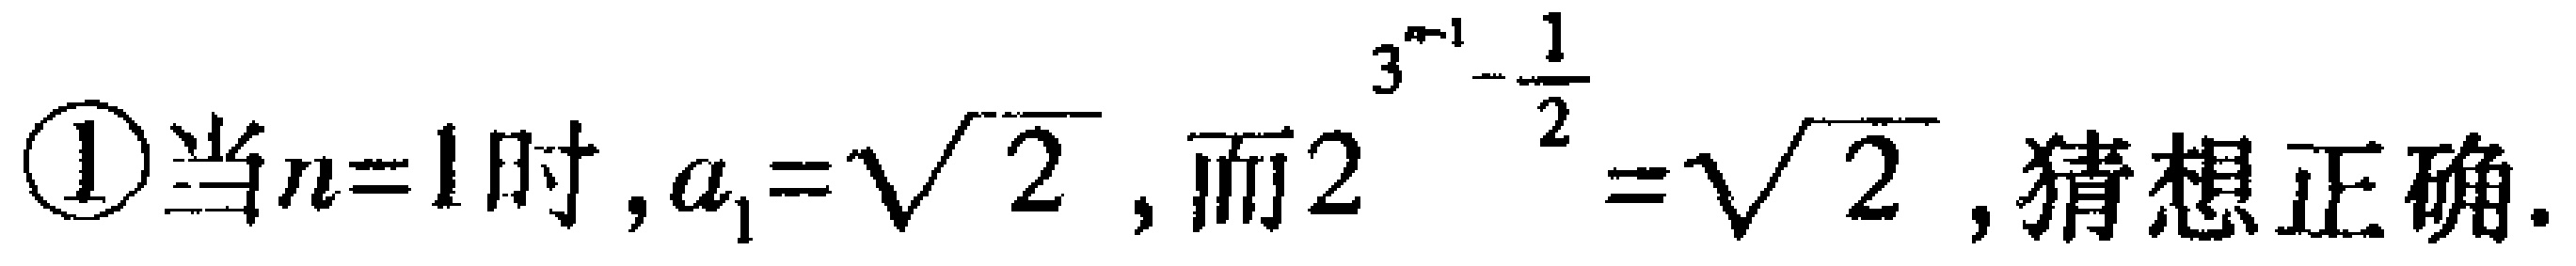
\textcircled{1}当\(n = 1\)时，\(a_{1}=\sqrt{2}\)，而\(2^{3^{n - 1}-\frac{1}{2}}=\sqrt{2}\)，猜想正确.